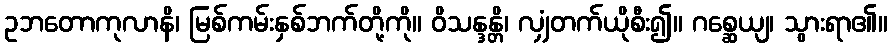
ဥဘတောကုလာနိ၊ မြစ်ကမ်းနှစ်ဘက်တို့ကို။ ဝိသန္ဒန္တိ၊ လျှံတက်ယိုစီး၍။ ဂစ္ဆေယျ၊ သွားရာ၏။